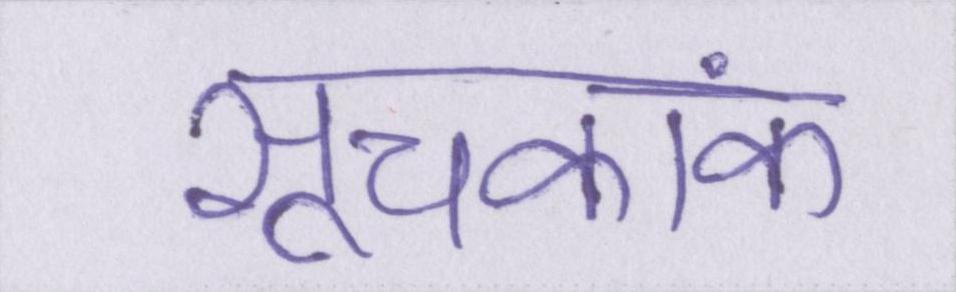
सूचकांक